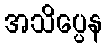
အသိပ္ပေန